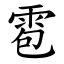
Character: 雹